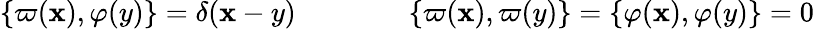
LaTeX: \{ \varpi(\mathbf{x}),\varphi(y)\} =\delta(\mathbf{x}-y)\qquad\qquad\{ \varpi(\mathbf{x}),\varpi(y)\} =\{ \varphi(\mathbf{x}),\varphi(y)\} =0